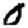
Digit: 0